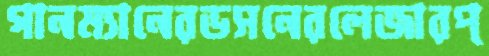
গানম্যানেরডসনেরলেজারপ্